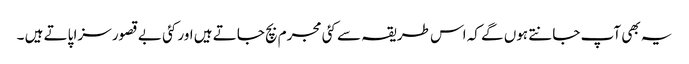
یہ بھی آپ جانتے ہوں گے کہ اس طریقہ سے کئی مجرم بچ جاتے ہیں اور کئی بے قصور سزا پاتے ہیں ۔